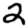
Digit: 2